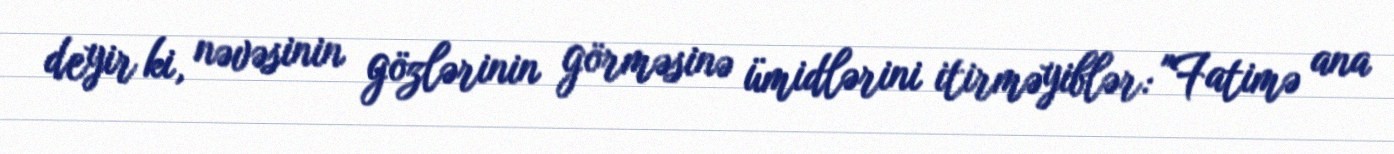
deyir ki, nəvəsinin gözlərinin görməsinə ümidlərini itirməyiblər: "Fatimə ana